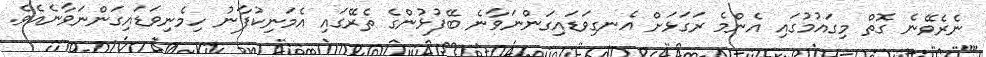
ނެރެވޭނެ ގޮތް މިގައުމުގައި އެންމެ ރަގަޅަށް އެނގިވަޑައިގަންނަވާނެ ބޭފުޅުންގެ ތެރޭގައި އެމަނިކުފާނު ހިމެނިވަޑައިގަންނަވާނެއެވެ.